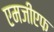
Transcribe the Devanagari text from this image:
एमजीएफ